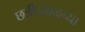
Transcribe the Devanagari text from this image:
छत्रीजवळच्या